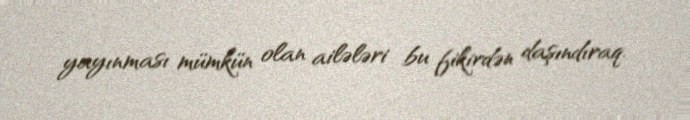
yayınması mümkün olan ailələri bu fikirdən daşındıraq.